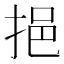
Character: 挹